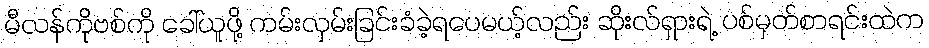
မီလန်ကိုဗစ်ကို ခေါ်ယူဖို့ ကမ်းလှမ်းခြင်းခံခဲ့ရပေမယ့်လည်း ဆိုးလ်ရှားရဲ့ ပစ်မှတ်စာရင်းထဲက